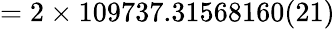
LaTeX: =2\times 109737.31568160(21)